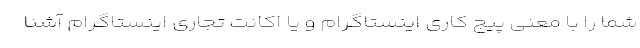
شما را با معنی پیج کاری اینستاگرام و یا اکانت تجاری اینستاگرام آشنا